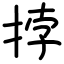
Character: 挬